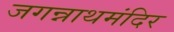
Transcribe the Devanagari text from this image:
जगन्नाथमंदिर